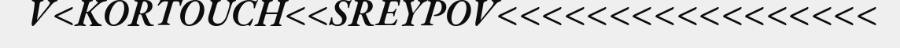
V<KORTOUCH<<SREYPOV<<<<<<<<<<<<<<<<<